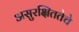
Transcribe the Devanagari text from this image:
असुरक्षिततेचे